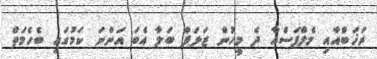
ރަޚަބްއާއި މެލްފަސްއާ ދެ މީހުން ޒަލަފް ބަލާ އެބަ އަންނަ ކަމުގައި ބެހެމަތް